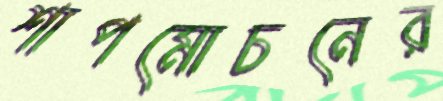
শাপমোচনের